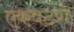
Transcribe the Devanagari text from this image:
एकवटणे